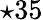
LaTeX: \star 35